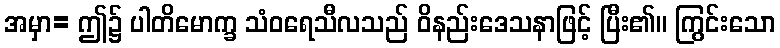
အမှာ= ဤ၌ ပါတိမောက္ခ သံဝရေသီလသည် ဝိနည်းဒေသနာဖြင့် ပြီး၏။ ကြွင်းသော